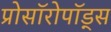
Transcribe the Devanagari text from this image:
प्रोसॉरोपॉड्स